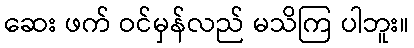
ဆေး ဖက် ဝင်မှန်လည် မသိကြ ပါဘူး။